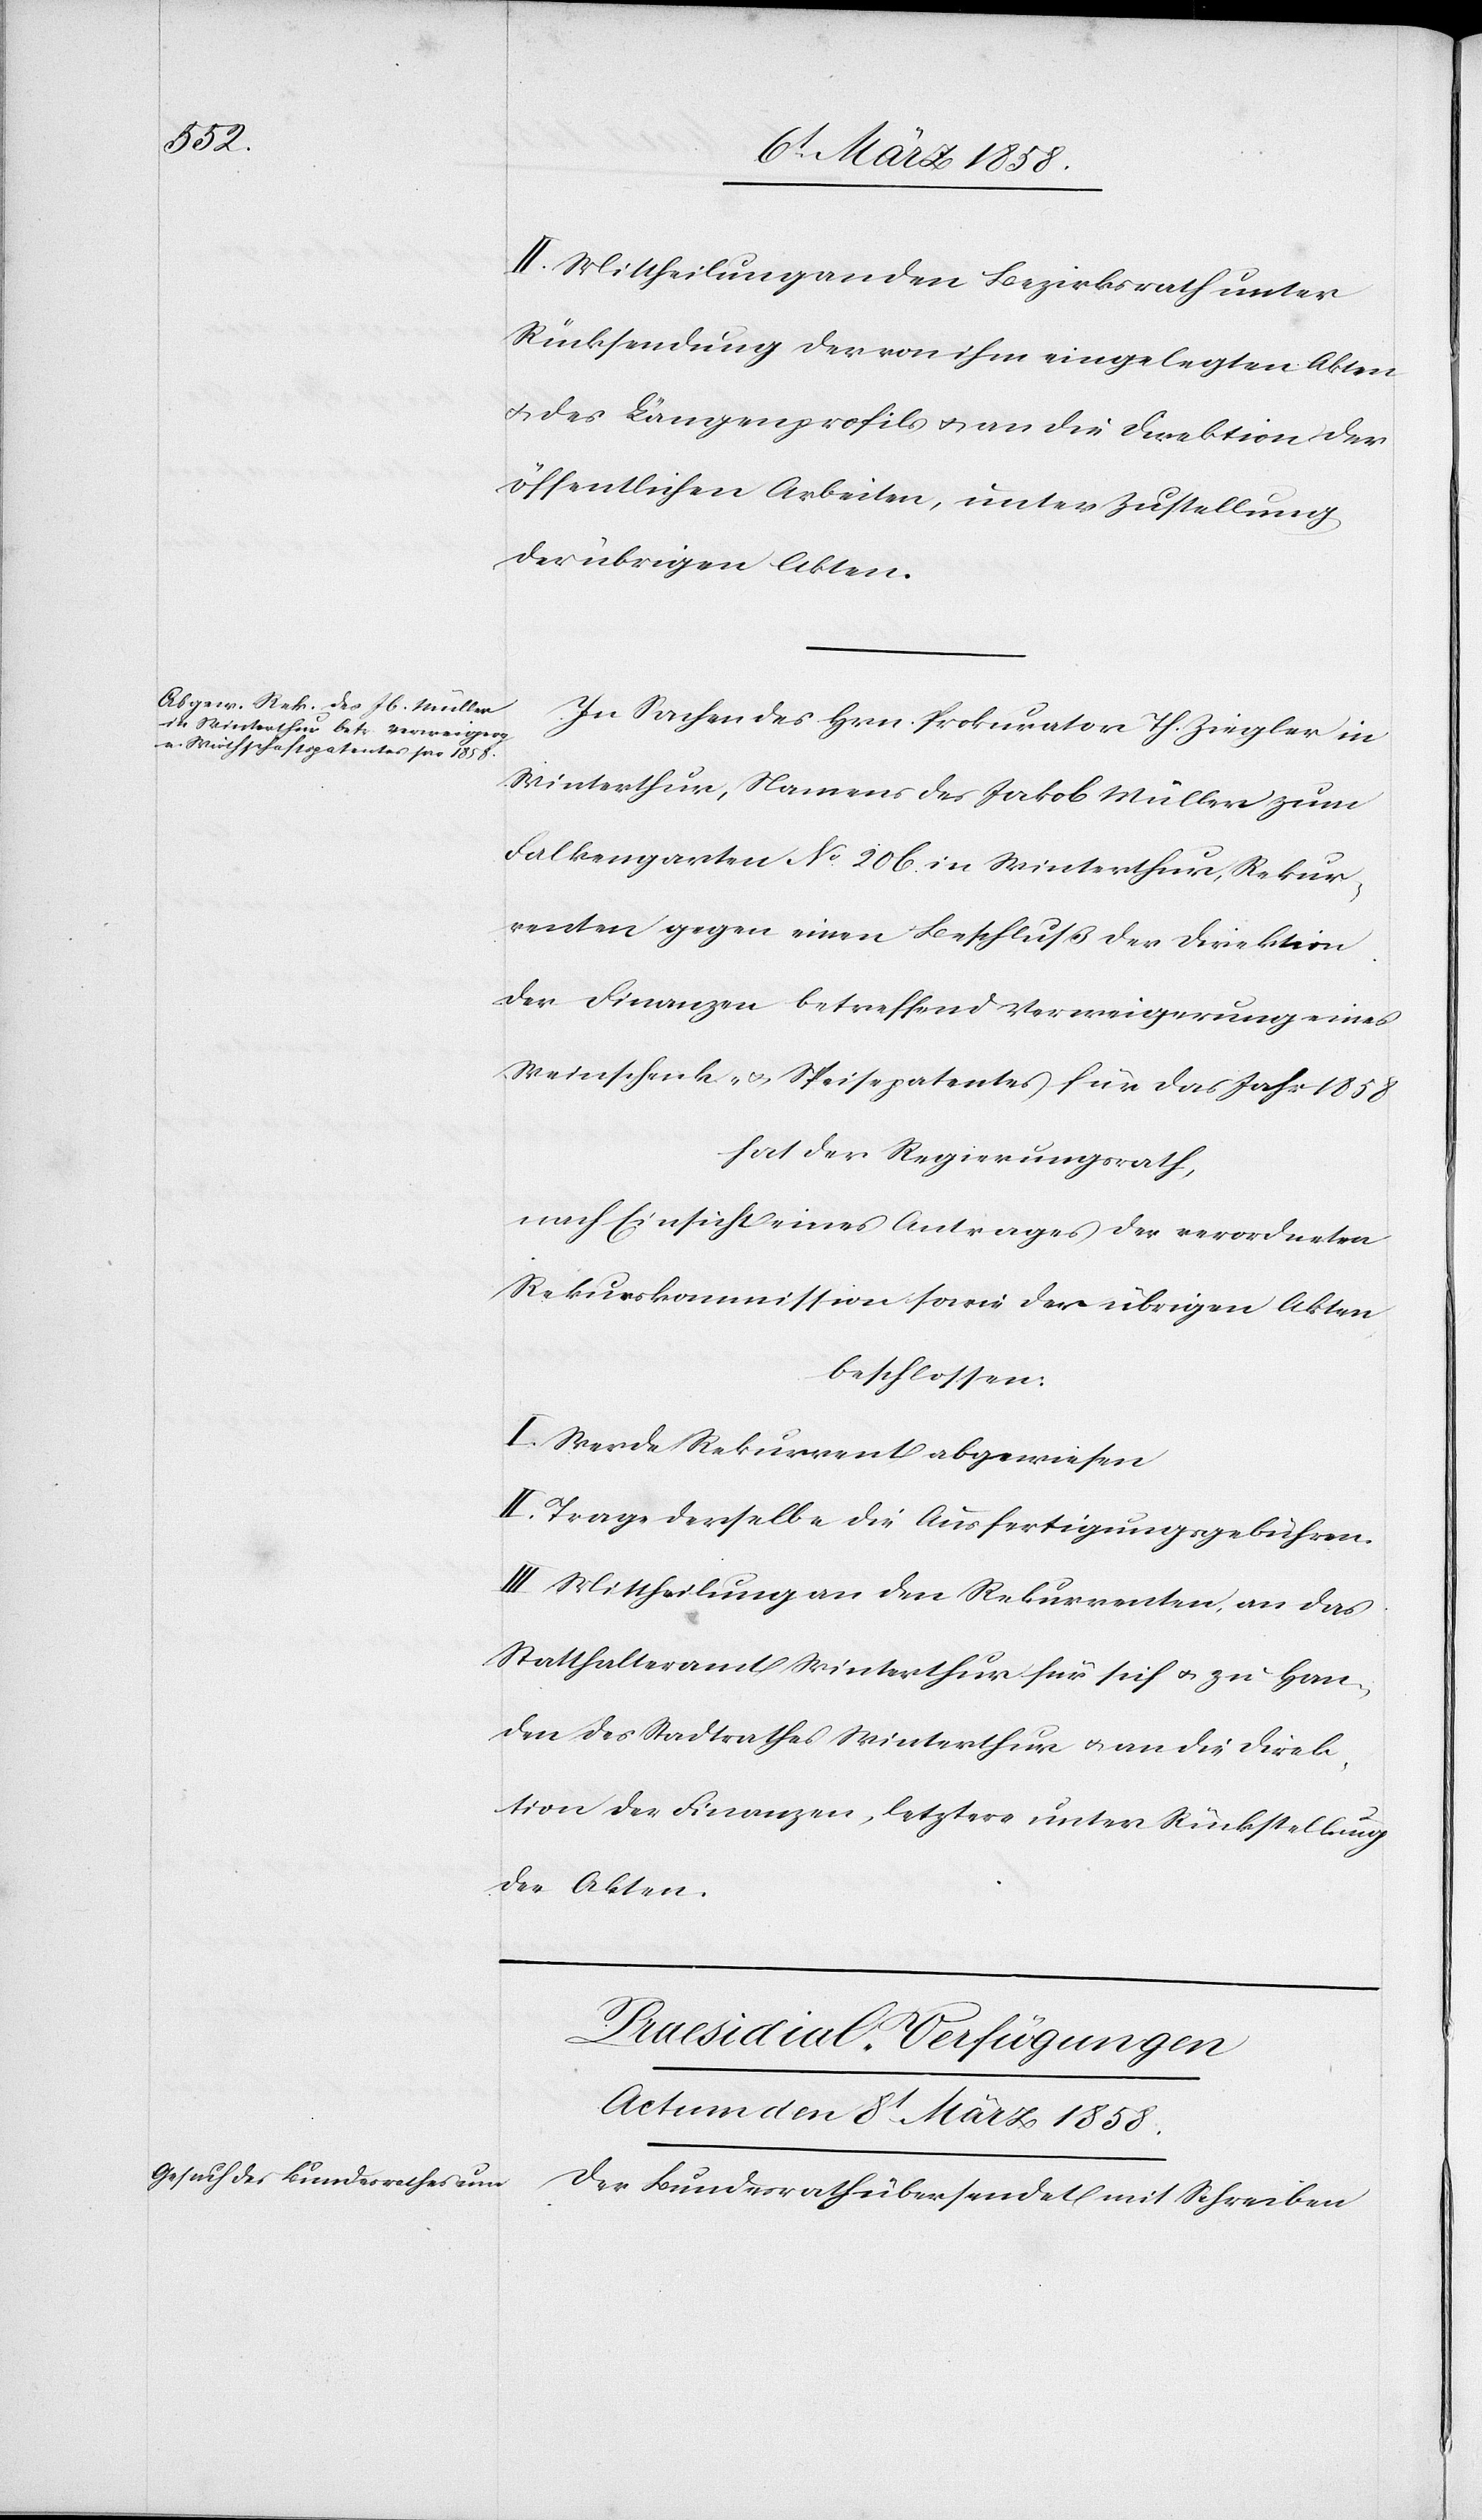
II. Mittheilung an den Bezirksrath unter
Rücksendung der von ihm eingelegten Akten
u. des Längenprofils u. an die Direktion der
öffentlichen Arbeiten, unter Zustellung
der übrigen Akten.
In Sachen des Hrn. Prokurator Th. Ziegler in
Winterthur, Namens des Jakob Müller zum
Falkengarten No 206 in Winterthur, Rekur¬
renten gegen eine Beschluß der Direktion
der Finanzen betreffend Verweigerung eines
Weinschenk- u. Speisepatentes für das Jahr 1858
hat der Regierungsrath,
nach Einsicht eines Antrages der verordneten
Rekurskommission sowie der übrigen Akten,
beschlossen:
I. Werde Rekurrent abgewiesen[.]
II. Trage derselbe die Ausfertigungsgebühren.
III. Mittheilung an den Rekurrenten, an das
Statthalteramt Winterthur für sich u. zu Han¬
den des Stadtrathes Winterthur u. an die Direk¬
tion der Finanzen, letztere unter Rückstellung
der Akten.
Präsidial-Verfügungen
Actum den 8t März 1858.
Der Bezirksrath übersendet mit Schreiben